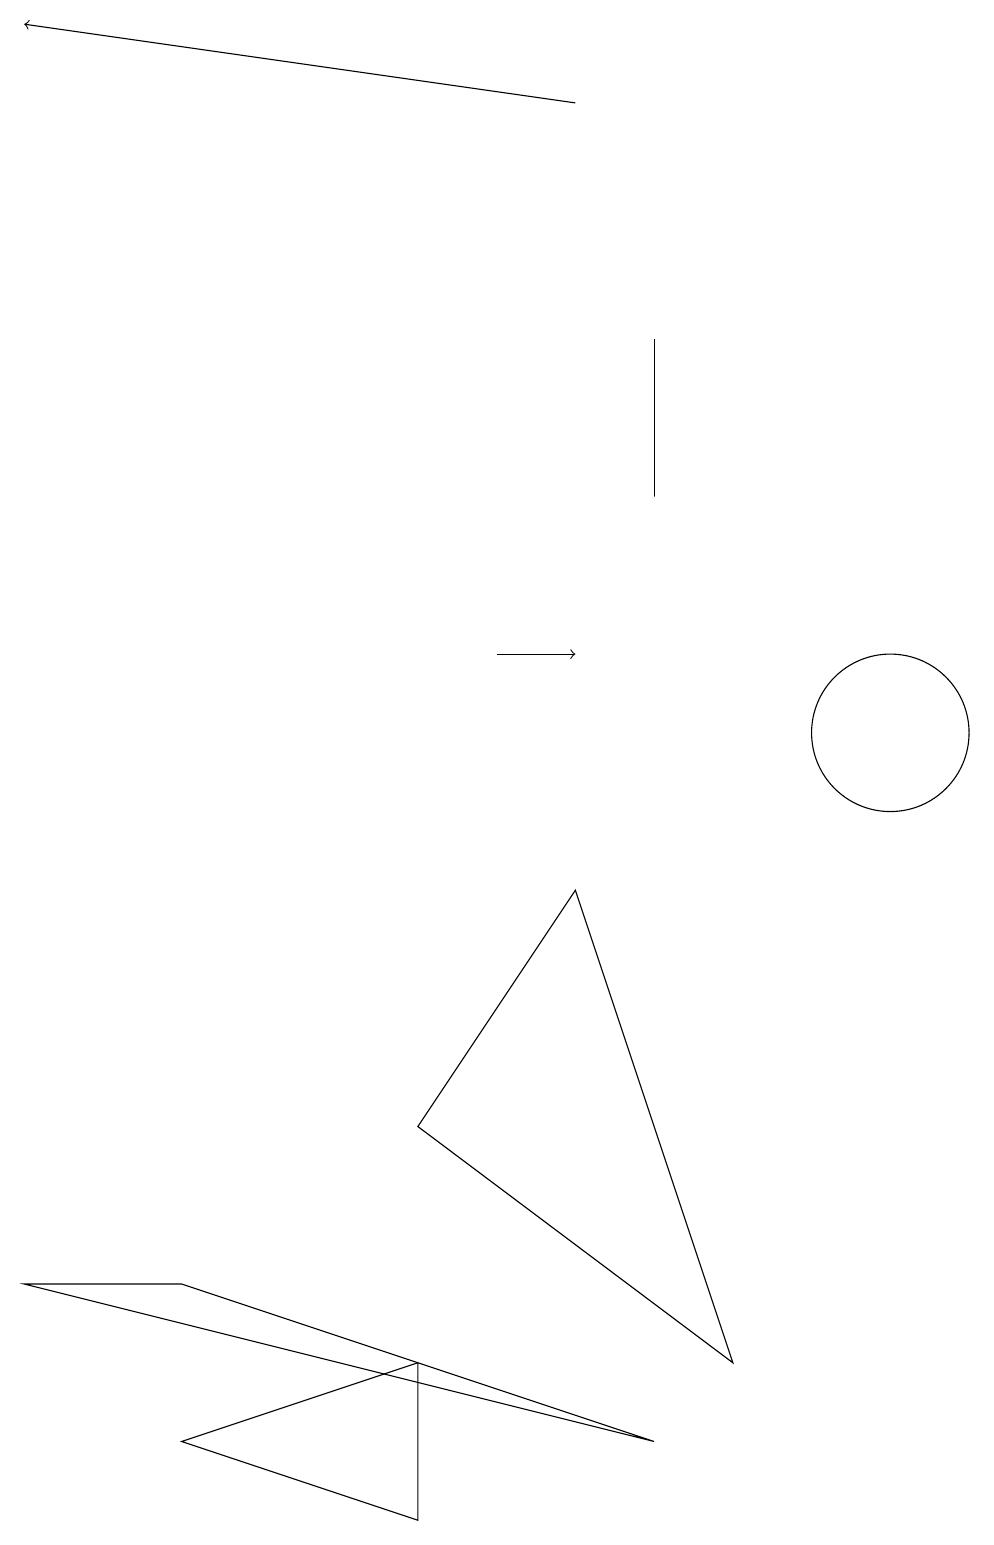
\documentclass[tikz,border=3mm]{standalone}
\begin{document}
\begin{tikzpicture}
\draw (8,15) rectangle (8,13);
\draw[->] (7,18) -- (0,19);
\draw (11,10) circle (1);
\draw[->] (6,11) -- (7,11);
\draw (2,1) -- (5,0) -- (5,2) -- cycle;
\draw (8,1) -- (2,3) -- (0,3) -- cycle;
\draw (9,2) -- (5,5) -- (7,8) -- cycle;
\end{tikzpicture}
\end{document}